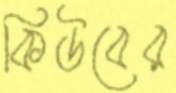
কিউবের